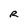
Character: R